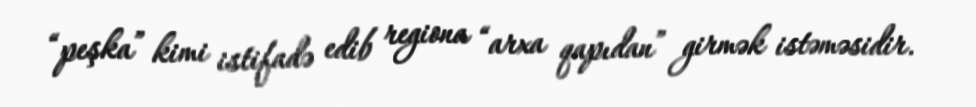
“peşka” kimi istifadə edib regiona “arxa qapıdan” girmək istəməsidir.